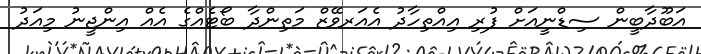
އަބޫދާބީން ސިޑްނީއަށް ފުރި އިއްތިހާދު އެއަރވޭޒް މަތިންދާ ބޯޓެއްގެ އެއް އިންޖީނު މިއަދު